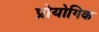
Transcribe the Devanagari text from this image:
प्रोयोगिक